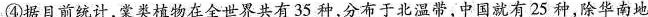
④据目前统计，案类植物在全世界共有35种，分布于北温带，中国就有25种，除华南地